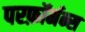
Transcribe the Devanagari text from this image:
परफ़ॉर्मन्स